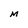
Character: M